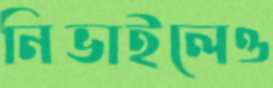
নিভাইলেও